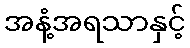
အနံ့အရသာနှင့်